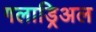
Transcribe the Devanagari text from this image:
गलाड्रिअल